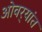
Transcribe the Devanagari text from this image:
ओवर्‍यांत